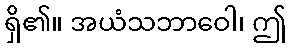
ရှိ၏။ အယံသဘာဝေါ၊ ဤ